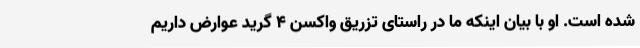
شده است. او با بیان اینکه ما در راستای تزریق واکسن ۴ گرید عوارض داریم